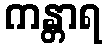
ကန္တာရ